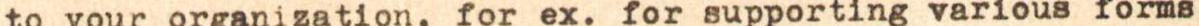
to your organization, for ex. for supporting various forms